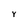
Character: Y